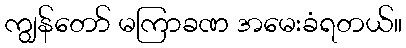
ကျွန်တော် မကြာခဏ အမေးခံရတယ်။